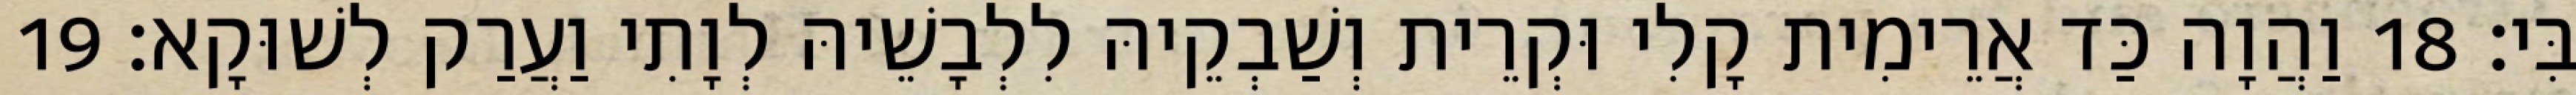
בִּי׃ 18 וַהֲוָה כַּד אֲרֵימִית קָלִי וּקְרֵית וְשַׁבְקֵיהּ לִלְבָשֵׁיהּ לְוָתִי וַעֲרַק לְשׁוּקָא׃ 19